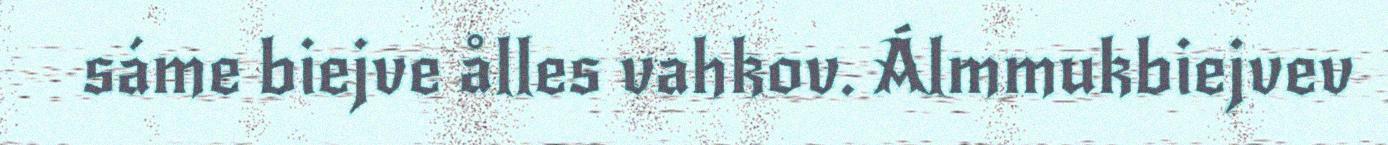
sáme biejve ålles vahkov. Álmmukbiejvev